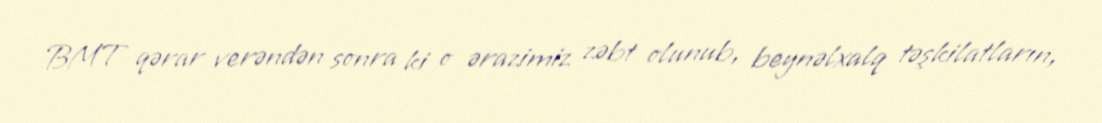
BMT qərar verəndən sonra ki o ərazimiz zəbt olunub, beynəlxalq təşkilatların,